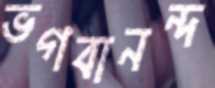
ভগবানন্দ